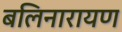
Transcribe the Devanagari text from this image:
बलिनारायण